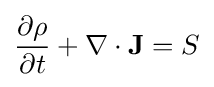
{\partial \rho  \over {\partial t}}+\nabla \cdot {\bf {J}}=S